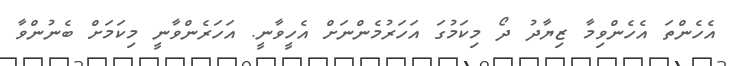
އެހެންތަ އެހެންވިމާ ޒިޔާދު ދޯ މިކަމުގަ އަހަރުމެންނަށް އެހީވާނީ. އަހަރެންވާނީ މިކަމަށް ބެނުންވާ